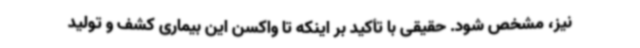
نیز، مشخص شود. حقیقی با تأکید بر اینکه تا واکسن این بیماری کشف و تولید